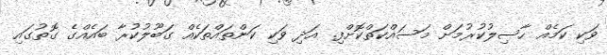
ވަކި ކަމެއް ހާސިލުކުރުމަށް މަސައްކަތްކޮށްފި. އަދި ވަކި ކަންތައްތަކެއް ގަބޫލުކުރާ ބައެއްގެ ގޮތުގައި